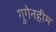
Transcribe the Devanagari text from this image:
गुगेनहीम